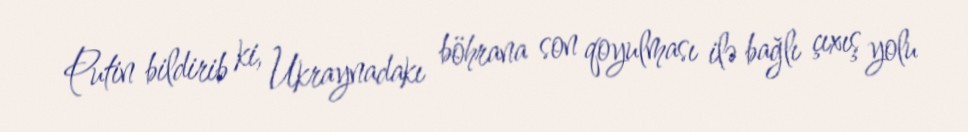
Putin bildirib ki, Ukraynadakı böhrana son qoyulması ilə bağlı çıxış yolu